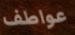
عواطف